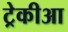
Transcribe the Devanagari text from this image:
ट्रेकीआ